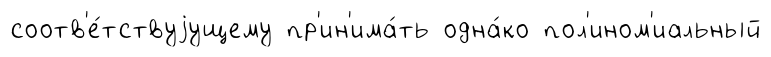
соотв'е́тствуjущему пр'ин'има́ть одна́ко пол'ином'иальный